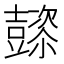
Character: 𲂠